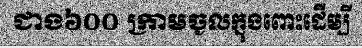
ជាង៦០០ ក្រាមចូលក្នុងពោះដើម្បី